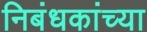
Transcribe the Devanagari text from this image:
निबंधकांच्या